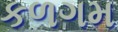
કળગમ